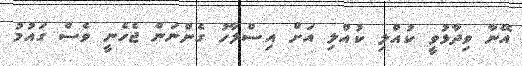
އޭނާ ވިދާޅުވީ ކުއްލި ކުއްލި އަށް އިސްލާހު ގެންނަން ޖެހެނީ ވެސް ގައުމު